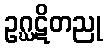
ဥဂ္ဃဋိတညု